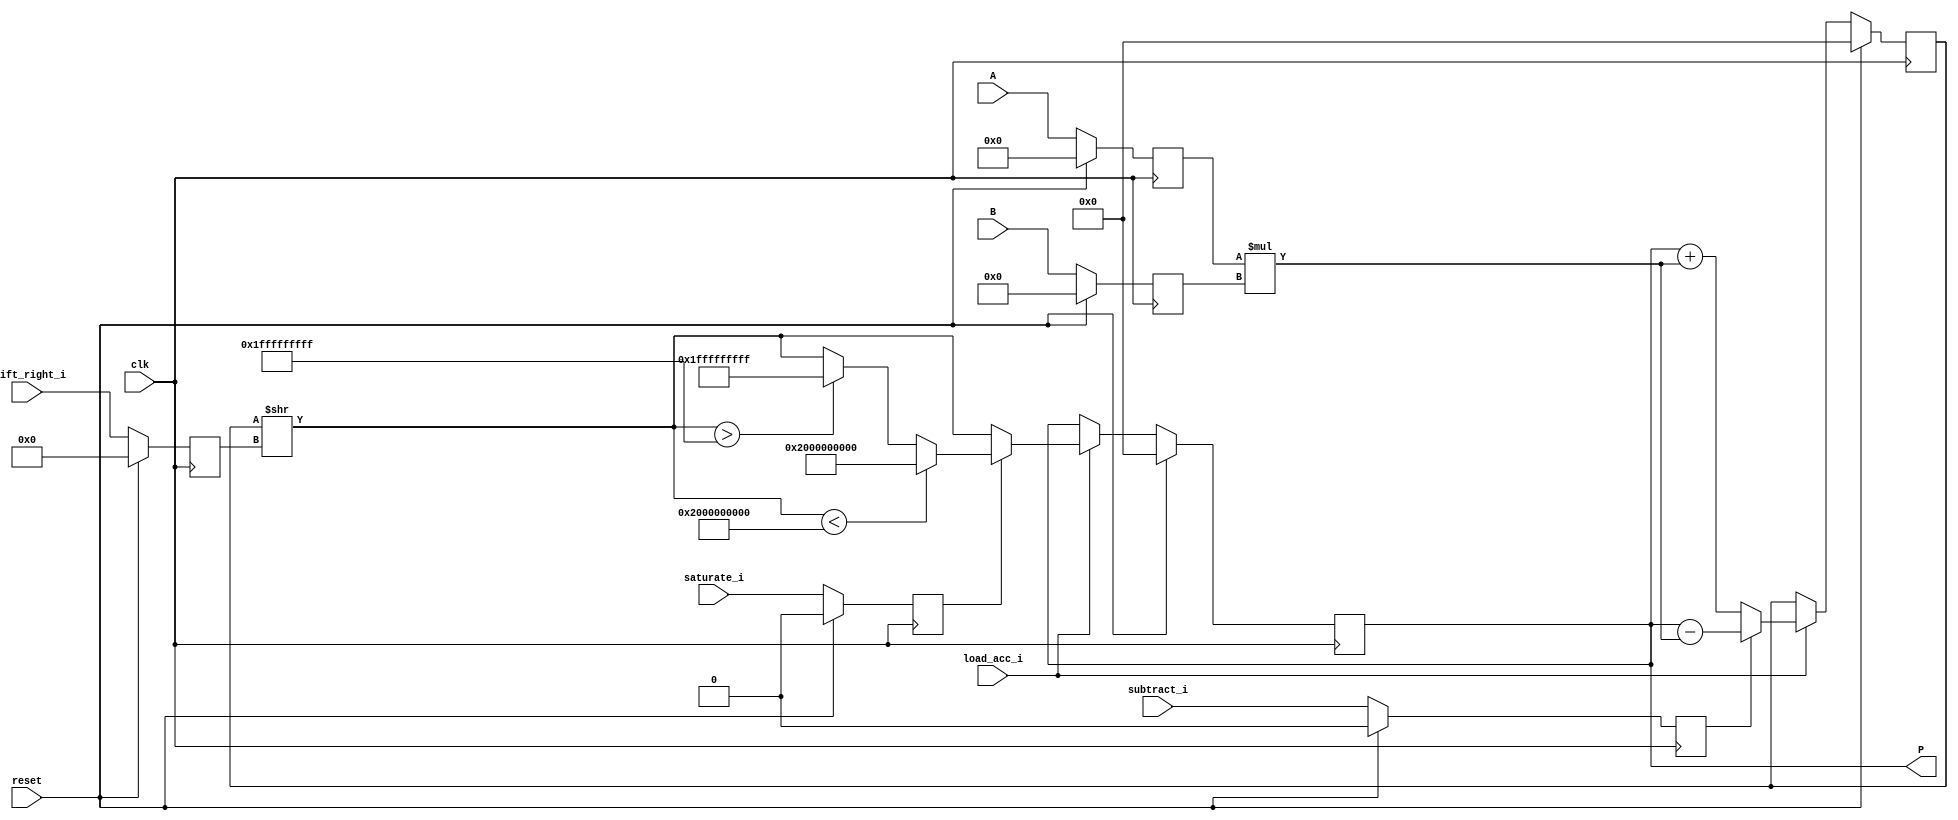
module accum_output_shifted_saturated (clk, reset, subtract_i, load_acc_i, shift_right_i, saturate_i, A, B, P);

	input clk, reset, subtract_i, load_acc_i;
	input [5:0] shift_right_i;
	input saturate_i;
	input signed [19:0] A;
	input signed [17:0] B;
	output reg signed [63:0] P;
	reg signed [63:0] out, out_shift;
	reg signed [19:0] i1;
	reg signed [17:0] i2;
	reg subtract_i_reg;
	reg [5:0] shift_right_i_reg;
	reg saturate_i_reg;
	reg signed [63:0] mul, add_or_sub;

	always @(posedge clk) begin
		if(reset == 1) begin
			i1 <= 0;
			i2 <= 0;
			subtract_i_reg <= 0;
			shift_right_i_reg <= 0;
			saturate_i_reg <= 0;
			//saturate_i_reg <= 0;
		end
		else begin
			i1 <= A;
			i2 <= B;
			subtract_i_reg <= subtract_i;
			shift_right_i_reg <= shift_right_i;
			saturate_i_reg <= saturate_i;
			// round_i_reg <= round_i;		
		end
	end
	always @(posedge clk) begin
		if (reset ==1 )
			P <= 0;
		else if (load_acc_i)
			P <= out;
		else
			P <= P;
	end

	always @ (*)  begin
		mul  = i1 * i2;
	end

	always @ (posedge clk)  begin
		if (reset)
			add_or_sub <= 0;
		else if (load_acc_i) begin
			if (subtract_i_reg)
				add_or_sub <= P - mul;
			else
				add_or_sub <= P + mul;
		end
		else
			add_or_sub <= add_or_sub;
	end

	always @ (*)  begin
		out_shift = add_or_sub >>shift_right_i_reg;
		//if (shift_right_i_reg != 0) begin
			if (saturate_i_reg == 1) begin
				if (out_shift < $signed(- 64'h2000000000 ))		//underflow
					out =  64'h20_0000_0000;
				else if (out_shift > $signed(64'h1FFFFFFFFF))	//overflow
					out = 64'h01fffffffff;
				else
					out = out_shift;
			end
			else
				out = out_shift;
		//end
		
		// else
		// 	out = out_shift;

	end

endmodule